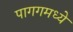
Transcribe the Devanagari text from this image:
पागगमध्ये